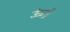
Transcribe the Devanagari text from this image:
ऊंटो